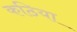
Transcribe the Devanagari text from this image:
कठिया